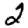
Digit: 2